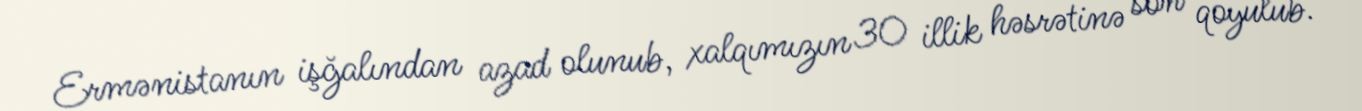
Ermənistanın işğalından azad olunub, xalqımızın 30 illik həsrətinə son qoyulub.